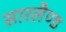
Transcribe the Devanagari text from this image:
सारलैण्ड